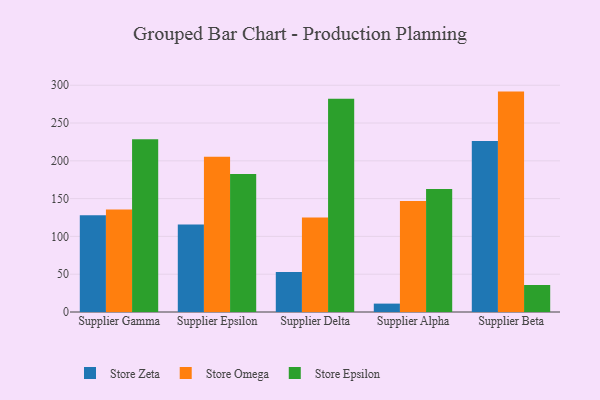
{"axis": {"x": "Supplier", "y": "Latency (ms)"}, "legend": ["Store Epsilon", "Store Omega", "Store Zeta"], "data": [{"x": "Supplier Gamma", "y": 128.0, "type": "Store Zeta"}, {"x": "Supplier Gamma", "y": 135.6, "type": "Store Omega"}, {"x": "Supplier Gamma", "y": 228.6, "type": "Store Epsilon"}, {"x": "Supplier Epsilon", "y": 115.9, "type": "Store Zeta"}, {"x": "Supplier Epsilon", "y": 205.5, "type": "Store Omega"}, {"x": "Supplier Epsilon", "y": 182.7, "type": "Store Epsilon"}, {"x": "Supplier Delta", "y": 53.0, "type": "Store Zeta"}, {"x": "Supplier Delta", "y": 124.9, "type": "Store Omega"}, {"x": "Supplier Delta", "y": 282.1, "type": "Store Epsilon"}, {"x": "Supplier Alpha", "y": 11.1, "type": "Store Zeta"}, {"x": "Supplier Alpha", "y": 146.8, "type": "Store Omega"}, {"x": "Supplier Alpha", "y": 162.8, "type": "Store Epsilon"}, {"x": "Supplier Beta", "y": 226.3, "type": "Store Zeta"}, {"x": "Supplier Beta", "y": 291.6, "type": "Store Omega"}, {"x": "Supplier Beta", "y": 35.7, "type": "Store Epsilon"}]}